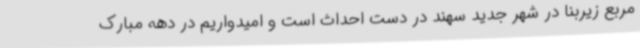
مربع زیربنا در شهر جدید سهند در دست احداث است و امیدواریم در دهه مبارک